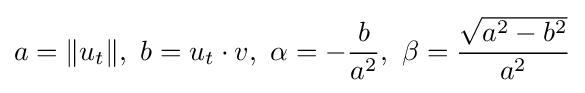
a=\|u_{t}\|,\,\,b=u_{t}\cdot v,\,\,\alpha =-{\frac {b}{a^{2}}},\,\,\beta ={\frac {\sqrt {a^{2}-b^{2}}}{a^{2}}}